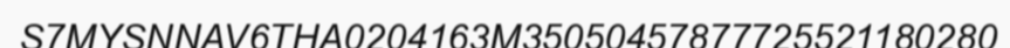
S7MYSNNAV6THA0204163M35050457877725521180280